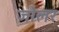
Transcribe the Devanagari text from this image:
जौलर